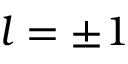
l = \pm 1